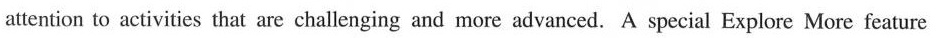
attention to activities that are challenging and more advanced. A special Explore More feature